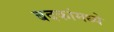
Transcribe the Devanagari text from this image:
बदकांमध्ये